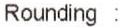
ROUNDING :